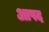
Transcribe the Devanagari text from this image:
आपद